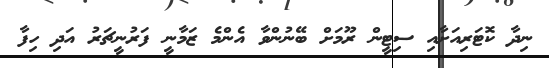
ނިދާ ކޮޓަރިއަށާއި ސިޓީން ރޫމަށް ބޭނުންވާ އެންމެ ޒަމާނީ ފަރުނީޗަރު އަދި ހިފާ